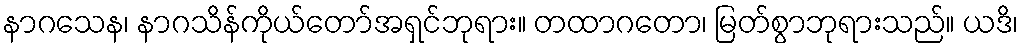
နာဂသေန၊ နာဂသိန်ကိုယ်တော်အရှင်ဘုရား။ တထာဂတော၊ မြတ်စွာဘုရားသည်။ ယဒိ၊